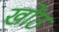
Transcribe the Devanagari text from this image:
खोंठ